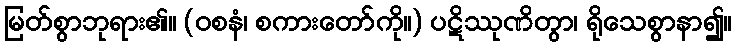
မြတ်စွာဘုရား၏။ (ဝစနံ၊ စကားတော်ကို။) ပဋိဿုဏိတွာ၊ ရိုသေစွာနာ၍။